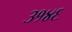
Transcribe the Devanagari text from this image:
३१४६